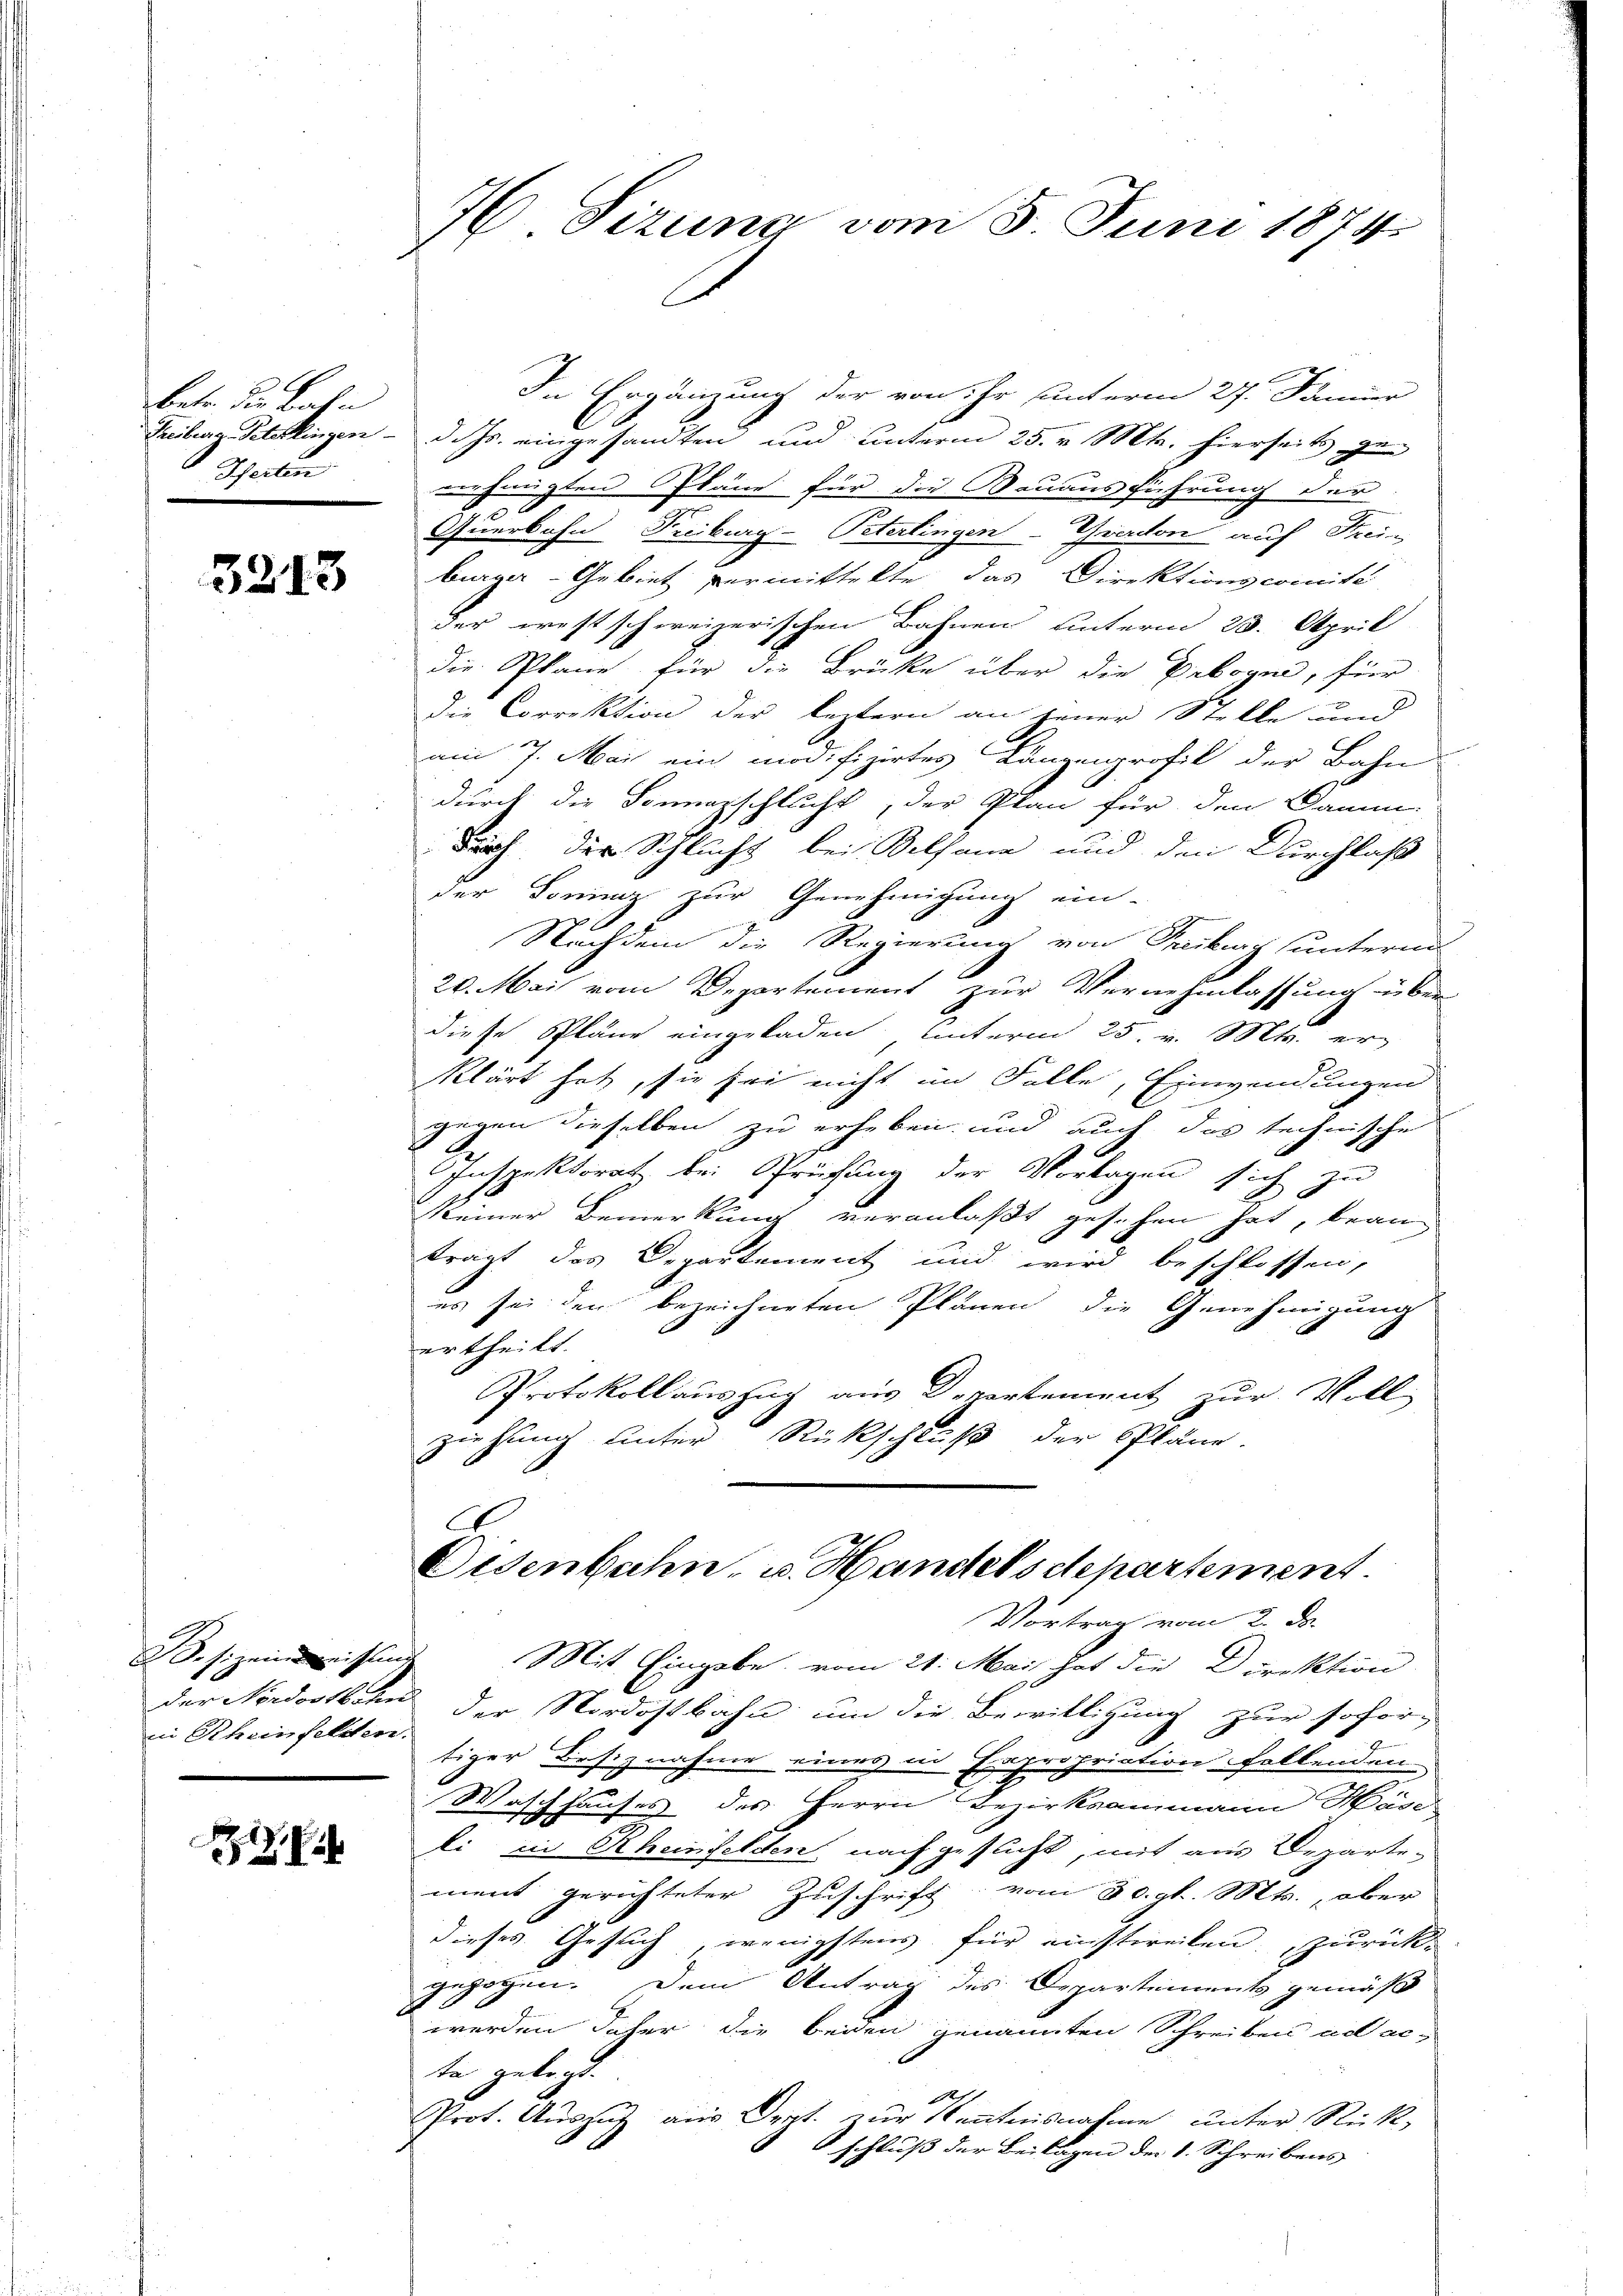
betr. die Bahn
Treiburg-Peterkingen
Scherten

5213

B. s. zeinweissend
der Nordostbahn
in Rheinfeldten.

76 Sizung vom 5. Juni 1874.

In Ergänzung der von ihr unterm 27. Jänner
d. Js. eingesandten und unterm 25. v. Mts. hierseits ge-
verhaupten Pläne für die Bauausführung der
Querbohn Freiburg-Peterlingen-Grandon auf Strein
burger- Gebiet vermittelte, das Direktionscomité
der westschweizerischen Bahnen unterm 23. April
die Plane für die Brücke über die Erbogen, für
die Correktion der leztern an jener Stelle und
am 7. Mai ein modifizirtes Längenprofil der Bahn
durch die Sonnazschlucht, der Plan für den Damm-
durch der Schlucht bei Selfana und den Durchlaß
der Toninz zur Genehmigung ein-
Nachdem die Regierung von Treiburg unterm
20. Mai vom Departement zur Vernehmlassung über
diese Pläne eingeladen, unterm 25. v. Mts. erklärt hat, sie sei nicht im Falle, Einwendungen
gegen dieselben zu erheben und auch das technische
Inspektorat bei Sprüfung der Vorlagen sich zu
keiner Bemerkung veranlaßt gesehen hat, kran
trägt das Departement und wird beschlossen,
es sei den bezeichneten Plänen die Genehmigung
ertheilt.
Protokollauszug aus Departement zur Voll
ziehung unter Rückschluß der Pläne.
Oisenbahn- u. Handelschepartement.
Vortrag vom 2. ds.
Mit Eingabe vom 21. Mai hat die Direktion
der Nordostbahn um die Bewilligung zur sofortiger Besiznahme eines in Expropriation follenden
Waschhauses des Herrn Bezirksammann Händ
li in Rheinfelden nachgesucht, mit aus Departe-
ment gerichteter Zuschrift vom 30. gl. Mts., aber
dieses Gesuch wenigstens für einstweilen, zurückgezogen. Dem Antrag des Departements gemäß
.
werden daher die beiden genannten Schreiben ad acte gelegt.
P
Prot. Auszug aus Orpt. zur Kenntnisnahme unter Rück-
schluss der Beilagen der d. Schreibens |